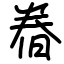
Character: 𣇃